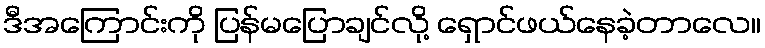
ဒီအကြောင်းကို ပြန်မပြောချင်လို့ ရှောင်ဖယ်နေခဲ့တာလေ။